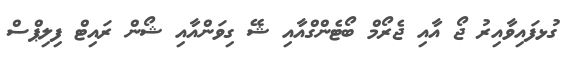
ގުޅފައިވާއިރު ޖޯ އާއި ޖެރޯމް ބޯޓެންގްއާއި ޝޭ ގިވަންއާއި ޝޯން ރައިޓް ފިލިޕްސް